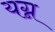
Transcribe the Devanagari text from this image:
यग्न